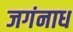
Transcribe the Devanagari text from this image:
जगंनाध